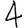
Digit: 4